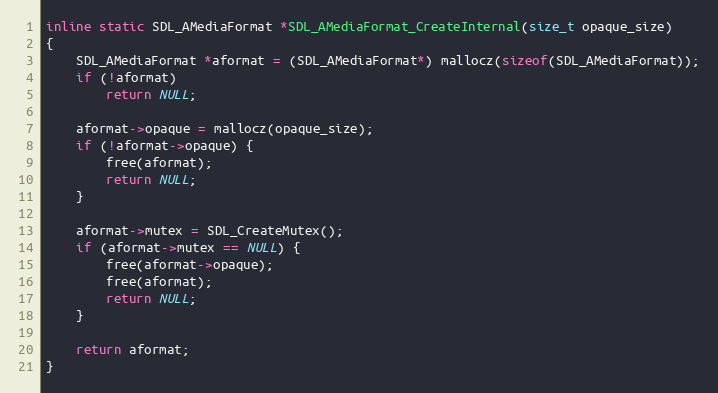
Language: C
inline static SDL_AMediaFormat *SDL_AMediaFormat_CreateInternal(size_t opaque_size)
{
    SDL_AMediaFormat *aformat = (SDL_AMediaFormat*) mallocz(sizeof(SDL_AMediaFormat));
    if (!aformat)
        return NULL;

    aformat->opaque = mallocz(opaque_size);
    if (!aformat->opaque) {
        free(aformat);
        return NULL;
    }

    aformat->mutex = SDL_CreateMutex();
    if (aformat->mutex == NULL) {
        free(aformat->opaque);
        free(aformat);
        return NULL;
    }

    return aformat;
}